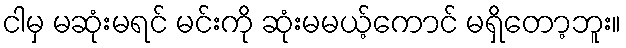
ငါမှ မဆုံးမရင် မင်းကို ဆုံးမမယ့်ကောင် မရှိတော့ဘူး။